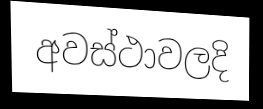
අවස්ථාවලදි